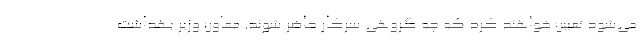
می‌شود تعیین خواهند کرد که چه گروهی سرکار حاضر شوند. معاون وزیر بهداشت